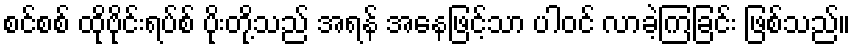
စင်စစ် ထိုဗိုင်းရပ်စ် ပိုးတို့သည် အရန် အနေဖြင့်သာ ပါဝင် လာခဲ့ကြခြင်း ဖြစ်သည်။